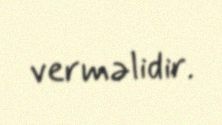
verməlidir.